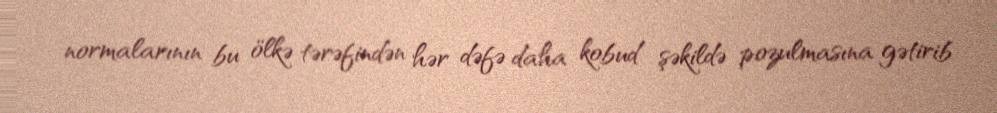
normalarının bu ölkə tərəfindən hər dəfə daha kobud şəkildə pozulmasına gətirib